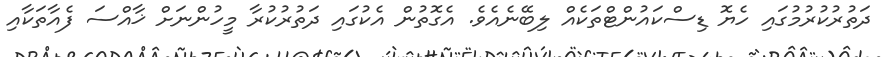
ދަތުރުކުރުމުގައި ހެޔޮ ޑިސްކައުންޓްތަކެއް ލިބޭނެއެވެ. އެގޮތުން އެކުގައި ދަތުރުކުރާ މީހުންނަށް ޚާއްސަ ފެއާތަކާއި